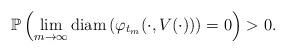
LaTeX: \begin{align*}\mathbb{P} \left( \lim_{m \rightarrow \infty } \textrm{diam} \left( \varphi_{t_m} (\cdot, V(\cdot)) \right) =0 \right) > 0. \end{align*}